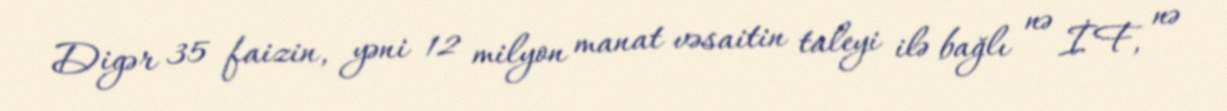
Digər 35 faizin, yəni 12 milyon manat vəsaitin taleyi ilə bağlı nə İF, nə